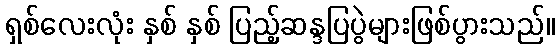
ရှစ်လေးလုံး နှစ် နှစ် ပြည့်ဆန္ဒပြပွဲများဖြစ်ပွားသည်။